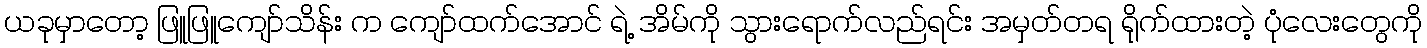
ယခုမှာတော့ ဖြူဖြူကျော်သိန်း က ကျော်ထက်အောင် ရဲ့ အိမ်ကို သွားရောက်လည်ရင်း အမှတ်တရ ရိုက်ထားတဲ့ ပုံလေးတွေကို